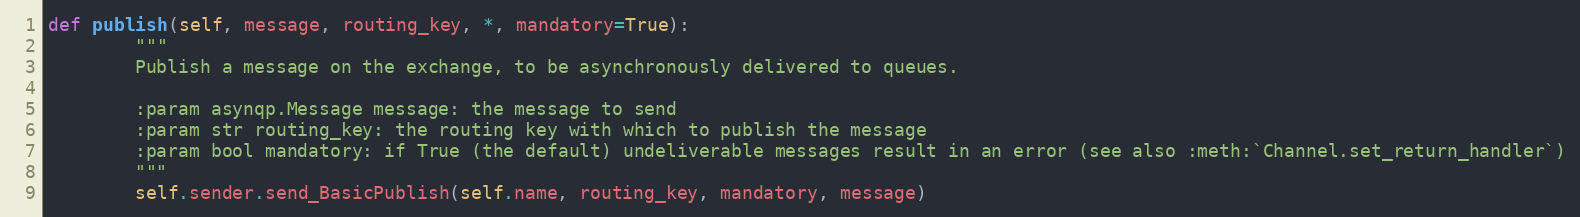
Language: Python
def publish(self, message, routing_key, *, mandatory=True):
        """
        Publish a message on the exchange, to be asynchronously delivered to queues.

        :param asynqp.Message message: the message to send
        :param str routing_key: the routing key with which to publish the message
        :param bool mandatory: if True (the default) undeliverable messages result in an error (see also :meth:`Channel.set_return_handler`)
        """
        self.sender.send_BasicPublish(self.name, routing_key, mandatory, message)